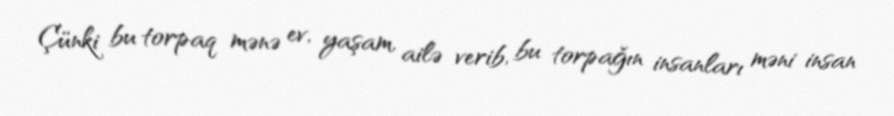
Çünki bu torpaq mənə ev, yaşam, ailə verib, bu torpağın insanları məni insan